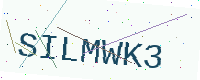
Text: SILMWK3